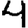
Digit: 4